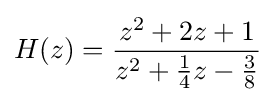
H(z)={\frac {z^{2}+2z+1}{z^{2}+{\frac {1}{4}}z-{\frac {3}{8}}}}